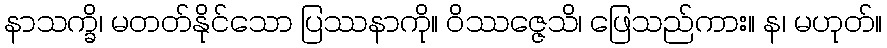
နာသက္ခိ၊ မတတ်နိုင်သော ပြဿနာကို။ ဝိဿဇ္ဇေသိ၊ ဖြေသည်ကား။ န၊ မဟုတ်။